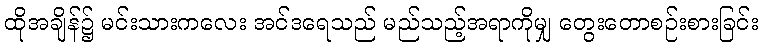
ထိုအချိန်၌ မင်းသားကလေး အင်ဒရေသည် မည်သည့်အရာကိုမျှ တွေးတောစဉ်းစားခြင်း